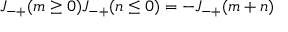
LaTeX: J _ { - + } ( m \ge 0 ) J _ { - + } ( n \le 0 ) = - J _ { - + } ( m + n )